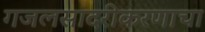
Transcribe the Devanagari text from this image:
गजलसादरीकरणाचा